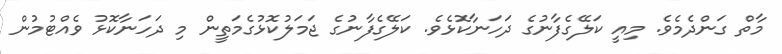
މާތް ގަންދެމެވެ. މިއީ ކަލޭގެފާނުގެ ދަހަނާކޮޅެވެ. ކަލޭގެފާނުގެ ޖަމަލުކޮޅުގެމަތީން މި ދަހަނާކޮޅު ވެއްޓުމުން